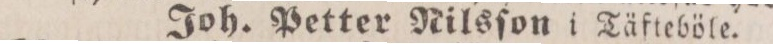
Joh. Petter Nilsſon i Täfteböle.